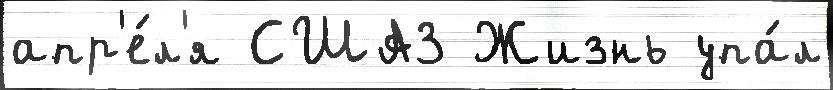
апр'е́л'я США3 Жизнь упа́л